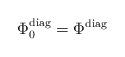
LaTeX: \begin{align*}\Phi _0^{\mathrm{diag}}=\Phi ^{\mathrm{diag}}\; \end{align*}